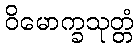
ဝိမောက္ခသုတ္တံ